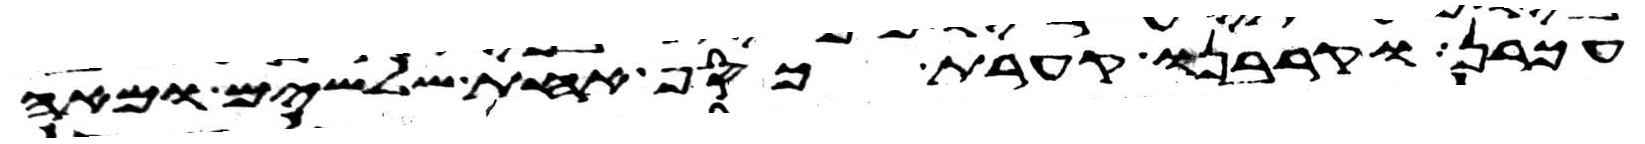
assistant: עכרן וקרבנו קערת כסף אחת שלשים ומאה